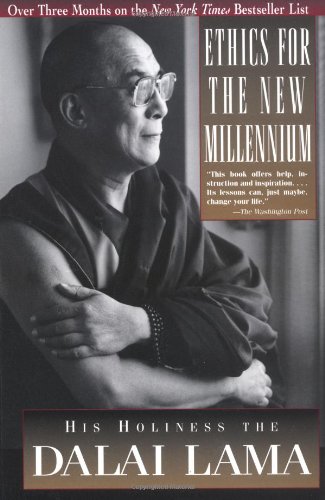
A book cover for Ethics for the New Millennium; Dalai Lama; Religion & Spirituality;